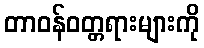
တာဝန်ဝတ္တရားများကို